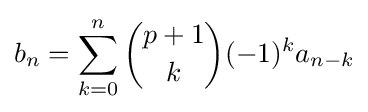
b_{n}=\sum _{k=0}^{n}{\binom {p+1}{k}}(-1)^{k}a_{n-k}